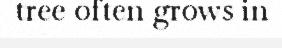
tree often grows in